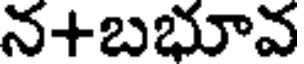
న+బభూవ